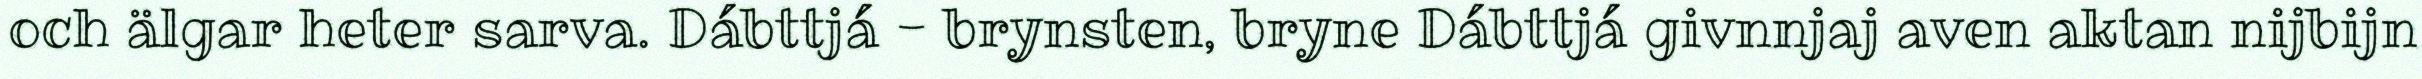
och älgar heter sarva. Dábttjá - brynsten, bryne Dábttjá givnnjaj aven aktan nijbijn